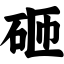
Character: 砸